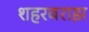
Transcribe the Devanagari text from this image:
शहरबराझ